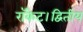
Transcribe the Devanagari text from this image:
रॉकेट।द्वितीय